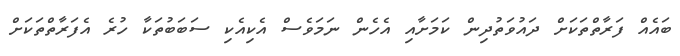
ބައެއް ފަރާތްތަކަށް ދައުވަތުދިން ކަމަށާއި އެހެން ނަމަވެސް އެކިއެކި ސަބަބުތަކާ ހުރެ އެފަރާތްތަކަށް